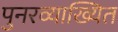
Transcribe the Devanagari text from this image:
पुनरव्याख्यित